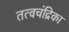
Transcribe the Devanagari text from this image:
तत्वचंद्रिका